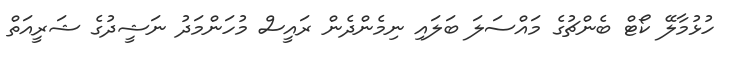
ހުޅުމާލޭ ކޯޓް ބެންޗުގެ މައްސަލަ ބަލައި ނިމެންދެން ރައީސް މުހަންމަދު ނަޝީދުގެ ޝަރީއަތް